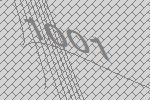
1001